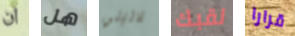
ان هل لاتيني لقبك قرارا